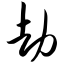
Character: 劫